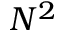
N ^ { 2 }